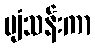
ပျံသန်းကာ